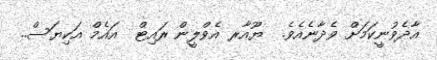
އާދެވުނީކަމަށް ވެދާނެއެވެ.  ޔޫއާރ އެވްލީން ރައިޓް  އައެމް އަކިޔަސް..